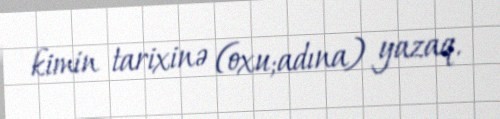
kimin tarixinə (oxu;adına) yazaq.